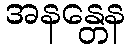
အနန္တေန